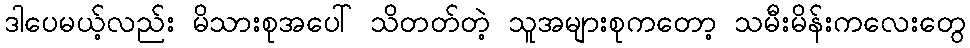
ဒါပေမယ့်လည်း မိသားစုအပေါ် သိတတ်တဲ့ သူအများစုကတော့ သမီးမိန်းကလေးတွေ